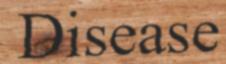
Disease